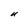
Character: U